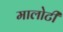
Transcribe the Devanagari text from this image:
मालोटी